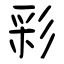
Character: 彩